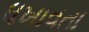
ધખાવતા